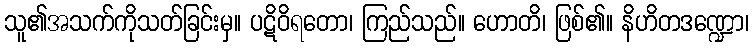
သူ၏အသက်ကိုသတ်ခြင်းမှ။ ပဋိဝိရတော၊ ကြည်သည်။ ဟောတိ၊ ဖြစ်၏။ နိဟိတဒဏ္ဍော၊